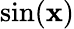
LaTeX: \sin(\mathbf{x})